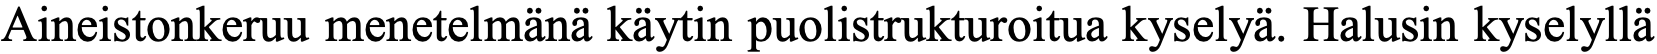
Aineistonkeruu menetelmänä käytin puolistrukturoitua kyselyä. Halusin kyselyllä